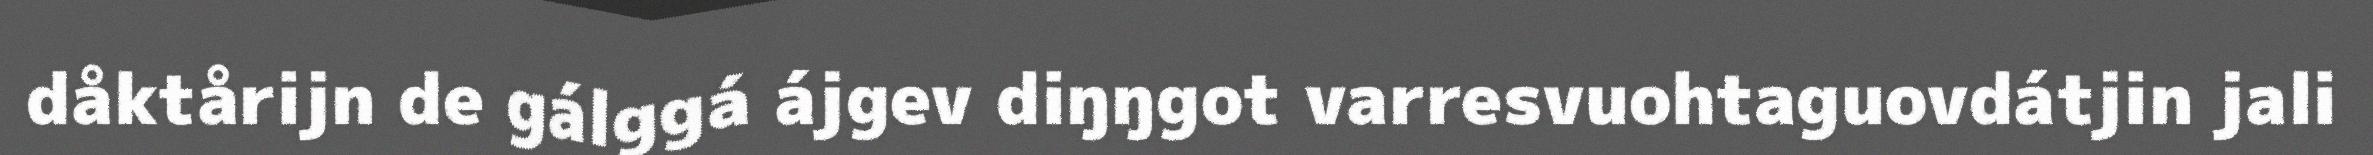
dåktårijn de gálggá ájgev diŋŋgot varresvuohtaguovdátjin jali